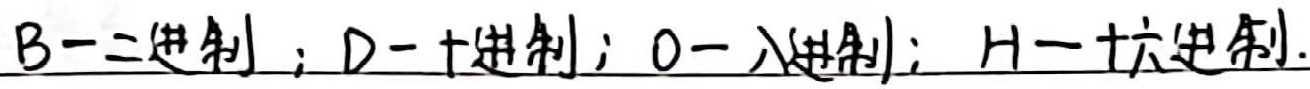
B - 二进制；D - 十进制；O - 八进制；H - 十六进制。